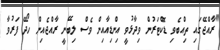
"ރާއްޖޭގައި ތިއްބެވި ޑޮކްޓަރުން ވިދާޅުވީ އިންޑިއާއިން ވެސް ލިބޭނީ ރާއްޖެއިން ހޯދޭ ފަރުވާ